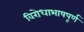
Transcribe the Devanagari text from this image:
विरोधाभाषपूर्ण